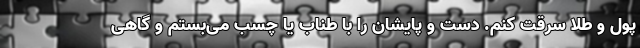
پول و طلا سرقت کنم. دست و پایشان را با طناب یا چسب می‌بستم و گاهی